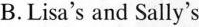
B.Lisa's and Sally's